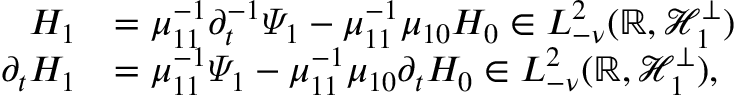
\begin{array} { r l } { H _ { 1 } } & { = \mu _ { 1 1 } ^ { - 1 } \partial _ { t } ^ { - 1 } \varPsi _ { 1 } - \mu _ { 1 1 } ^ { - 1 } \mu _ { 1 0 } H _ { 0 } \in L _ { - \nu } ^ { 2 } ( \mathbb { R } , \mathscr { H } _ { 1 } ^ { \bot } ) } \\ { \partial _ { t } H _ { 1 } } & { = \mu _ { 1 1 } ^ { - 1 } \varPsi _ { 1 } - \mu _ { 1 1 } ^ { - 1 } \mu _ { 1 0 } \partial _ { t } H _ { 0 } \in L _ { - \nu } ^ { 2 } ( \mathbb { R } , \mathscr { H } _ { 1 } ^ { \bot } ) , } \end{array}